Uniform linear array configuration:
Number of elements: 24
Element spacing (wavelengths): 1
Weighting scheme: cosine
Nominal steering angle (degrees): -45
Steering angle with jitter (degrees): -44.292
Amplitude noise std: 0.05
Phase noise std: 0.05

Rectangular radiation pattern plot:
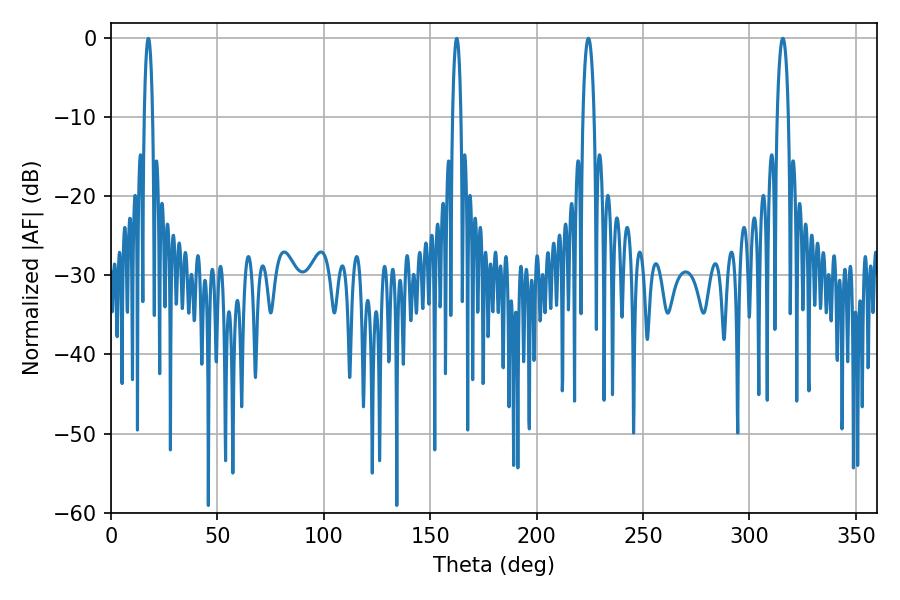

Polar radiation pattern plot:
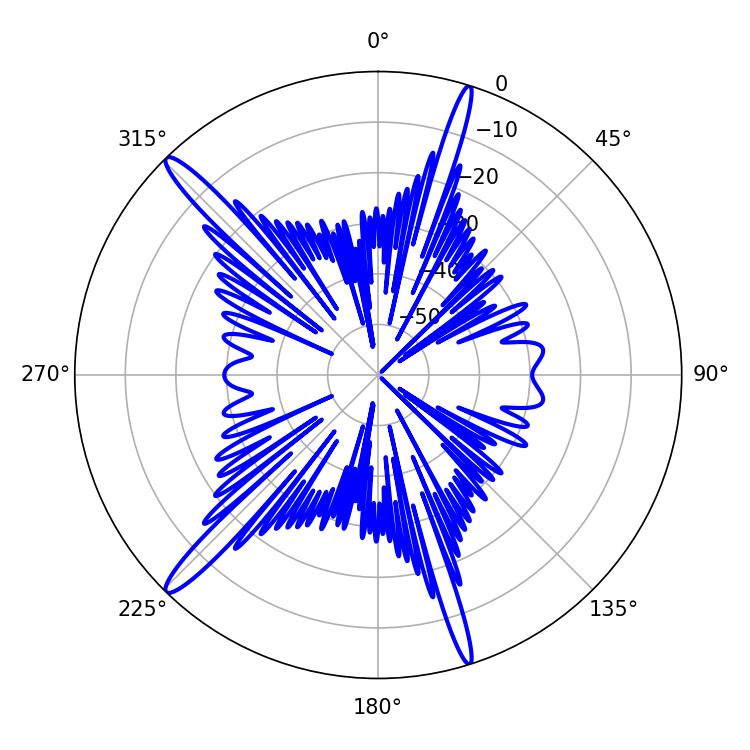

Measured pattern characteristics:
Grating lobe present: TRUE
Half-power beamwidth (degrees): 2.88
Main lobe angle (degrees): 224.28